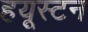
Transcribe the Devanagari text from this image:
हयूस्टन